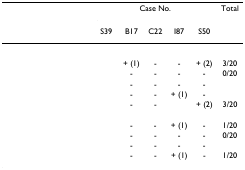
<table><thead><tr><td>[EMPTY_CELL]</td><td colspan="5"><b>Case No.</b></td><td><b>Total</b></td></tr><tr><td>[EMPTY_CELL]</td><td><b>S39</b></td><td><b>B17</b></td><td><b>C22</b></td><td><b>I87</b></td><td><b>S50</b></td><td>[EMPTY_CELL]</td></tr></thead><tbody><tr><td>[EMPTY_CELL]</td><td>[EMPTY_CELL]</td><td>[EMPTY_CELL]</td><td>[EMPTY_CELL]</td><td>[EMPTY_CELL]</td><td>[EMPTY_CELL]</td><td>[EMPTY_CELL]</td></tr><tr><td>[EMPTY_CELL]</td><td>[EMPTY_CELL]</td><td>+ (1)</td><td>-</td><td>-</td><td>+ (2)</td><td>3/20</td></tr><tr><td>[EMPTY_CELL]</td><td>[EMPTY_CELL]</td><td>-</td><td>-</td><td>-</td><td>-</td><td>0/20</td></tr><tr><td>[EMPTY_CELL]</td><td>[EMPTY_CELL]</td><td>-</td><td>-</td><td>-</td><td>-</td><td>[EMPTY_CELL]</td></tr><tr><td>[EMPTY_CELL]</td><td>[EMPTY_CELL]</td><td>-</td><td>-</td><td>+ (1)</td><td>-</td><td>[EMPTY_CELL]</td></tr><tr><td>[EMPTY_CELL]</td><td>[EMPTY_CELL]</td><td>-</td><td>-</td><td>[EMPTY_CELL]</td><td>+ (2)</td><td>3/20</td></tr><tr><td>[EMPTY_CELL]</td><td>[EMPTY_CELL]</td><td>[EMPTY_CELL]</td><td>[EMPTY_CELL]</td><td>[EMPTY_CELL]</td><td>[EMPTY_CELL]</td><td>[EMPTY_CELL]</td></tr><tr><td>[EMPTY_CELL]</td><td>[EMPTY_CELL]</td><td>-</td><td>-</td><td>+ (1)</td><td>-</td><td>1/20</td></tr><tr><td>[EMPTY_CELL]</td><td>[EMPTY_CELL]</td><td>-</td><td>-</td><td>-</td><td>-</td><td>0/20</td></tr><tr><td>[EMPTY_CELL]</td><td>[EMPTY_CELL]</td><td>-</td><td>-</td><td>-</td><td>-</td><td>[EMPTY_CELL]</td></tr><tr><td>[EMPTY_CELL]</td><td>[EMPTY_CELL]</td><td>-</td><td>-</td><td>+ (1)</td><td>-</td><td>1/20</td></tr></tbody></table>